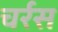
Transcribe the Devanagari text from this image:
चर्रस